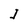
Character: J